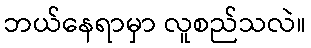
ဘယ်နေရာမှာ လူစည်သလဲ။